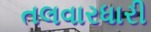
તલવારધારી